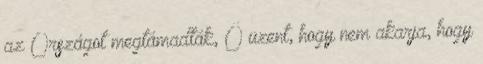
az Országot megtámadták, Ő üzent, hogy nem akarja, hogy